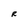
Character: R